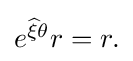
{\textstyle e^{{\widehat {\xi }}\theta }r=r.}